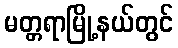
မတ္တရာမြို့နယ်တွင်